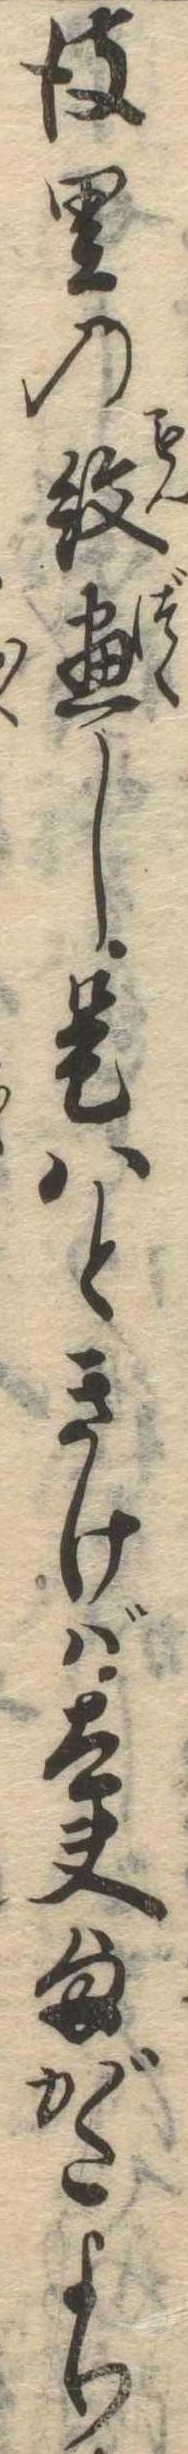
彼里の紋尽し是はときけば太夫様がたより